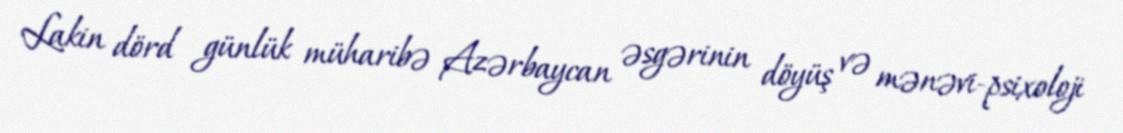
Lakin dörd günlük müharibə Azərbaycan əsgərinin döyüş və mənəvi-psixoloji